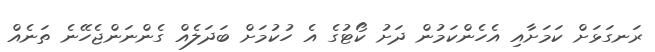
ރަނގަޅަށް ކަމަށާއި އެހެންކަމުން ދަށު ކޯޓުގެ އެ ހުކުމަށް ބަދަލެއް ގެންނަންޖެހޭނެ ތަނެއް